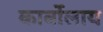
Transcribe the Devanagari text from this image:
कार्बोलाय